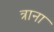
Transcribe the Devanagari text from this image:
त्राना